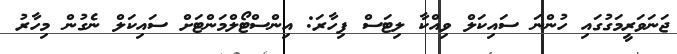
ޖަނަވަރީމަގުގައި ހުންނަ ސައިކަލް ވިއްކާ ލިޓަސް ފިހާރަ: އިންސްޓޯލްމަންޓަށް ސައިކަލް ނެގުން މިހާރު